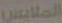
الملابس